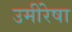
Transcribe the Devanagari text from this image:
उमींरेषा